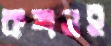
কখনই